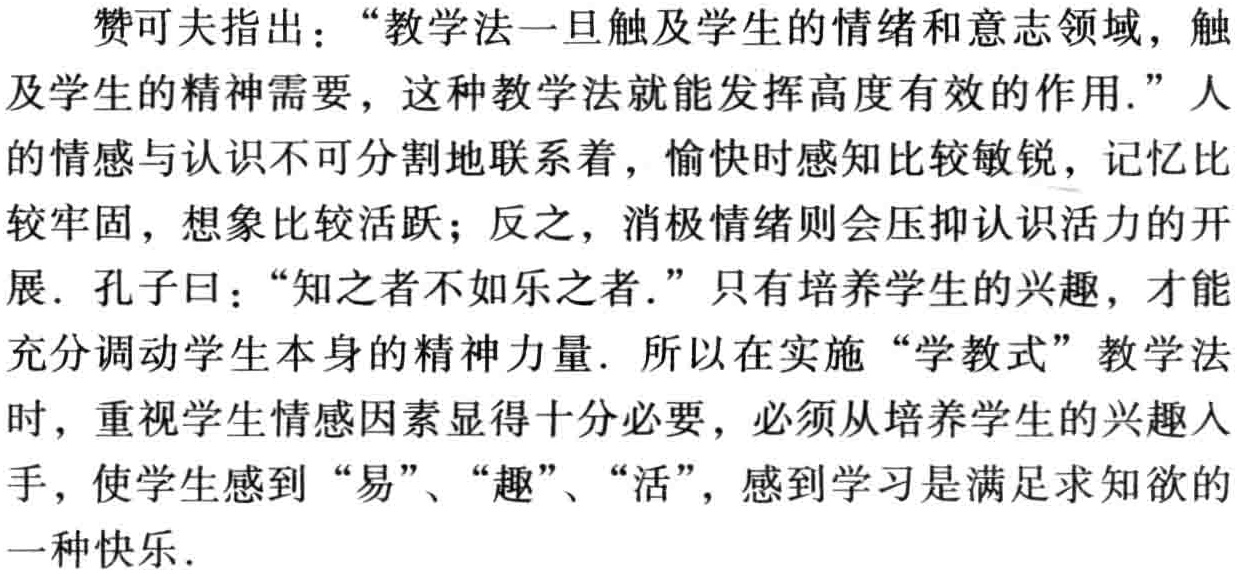
赞可夫指出：“教学法一旦触及学生的情绪和意志领域，触及学生的精神需要，这种教学法就能发挥高度有效的作用.” 人的情感与认识不可分割地联系着，愉快时感知比较敏锐，记忆比较牢固，想象比较活跃；反之，消极情绪则会压抑认识活力的开展. 孔子曰：“知之者不如乐之者.” 只有培养学生的兴趣，才能充分调动学生本身的精神力量. 所以在实施 “学教式” 教学法时，重视学生情感因素显得十分必要，必须从培养学生的兴趣入手，使学生感到 “易”、“趣”、“活”，感到学习是满足求知欲的一种快乐.